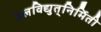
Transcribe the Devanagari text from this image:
जलविद्युत्‌निर्मिती